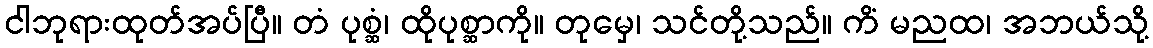
ငါဘုရားထုတ်အပ်ပြီ။ တံ ပုစ္ဆံ၊ ထိုပုစ္ဆာကို။ တုမှေ၊ သင်တို့သည်။ ကိံ မညထ၊ အဘယ်သို့